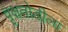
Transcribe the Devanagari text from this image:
वृक्षतोडीला